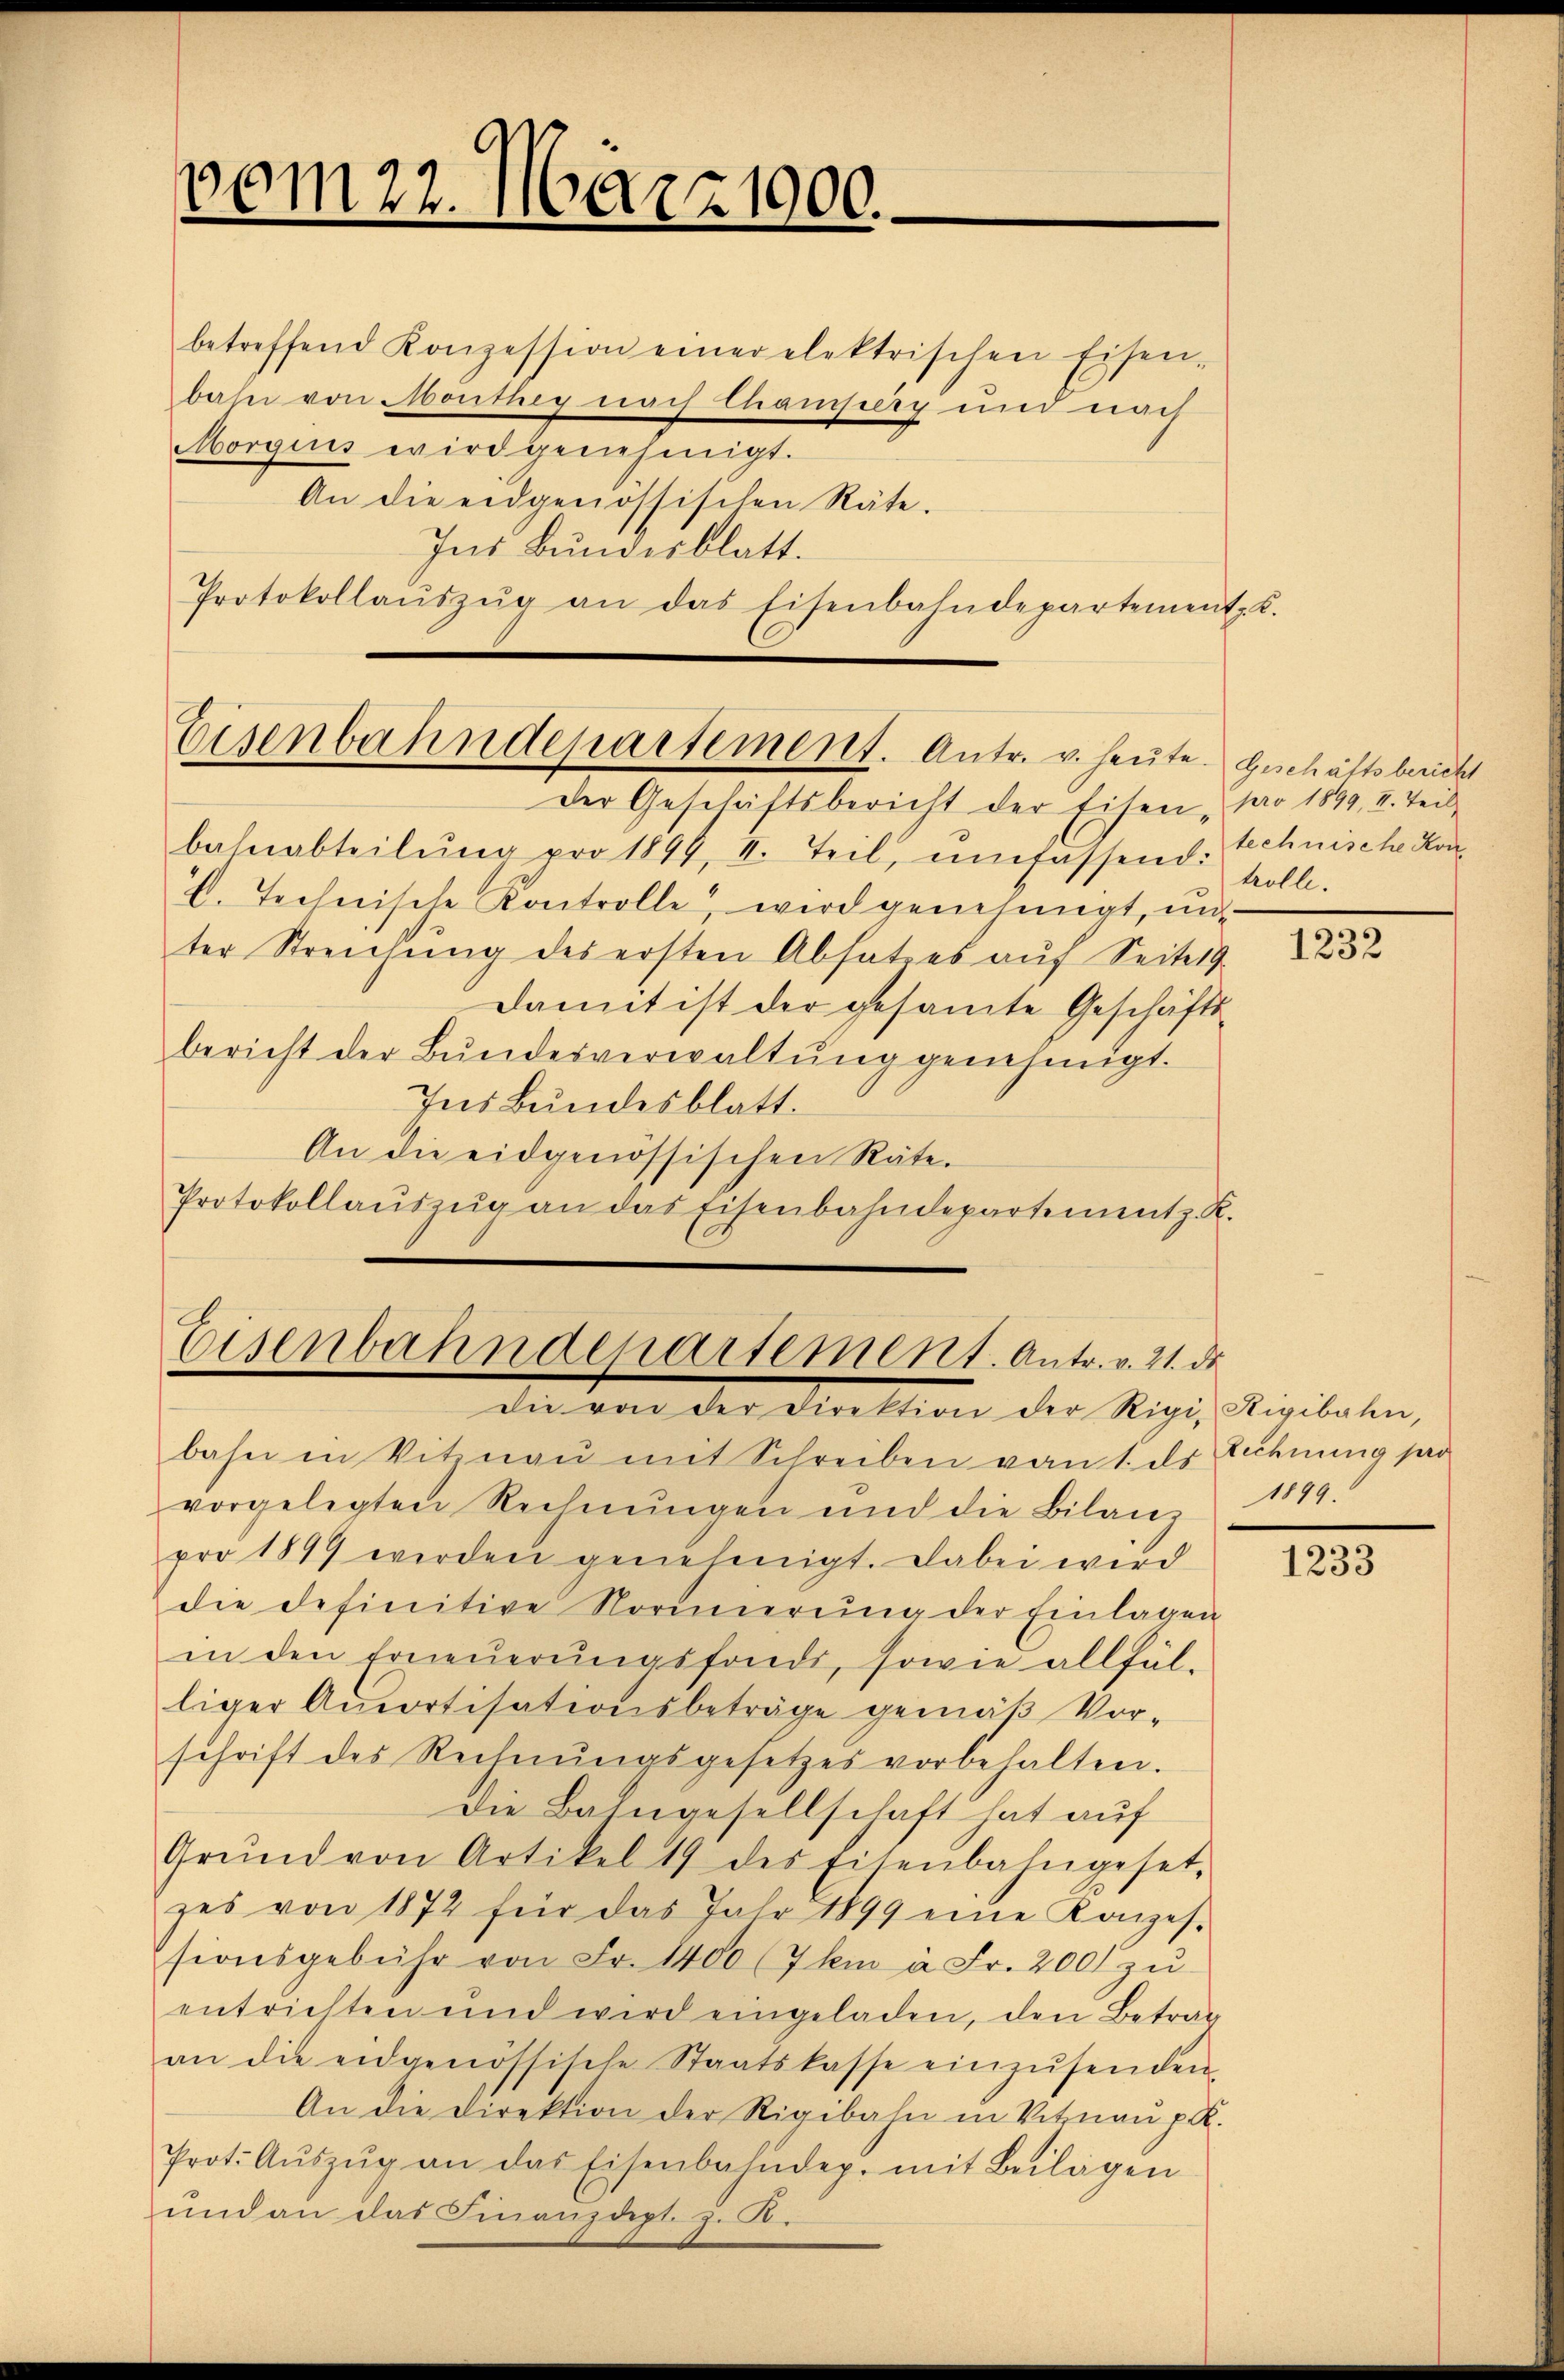
vom 22. März 1900.

betreffend Konzession einer elektrischen Eisen-
bahn von Monthey nach Champerg und nach
Morgins wird genehmigt.
An die eidgenössischen Räte.
Ins Bundesblatt.
Protokollaŭszŭg an das Eisenbahndepartement C.

Eisenbahndepartement. Antr. v. heute. Geschäftsbericht

Der Geschäftsbericht der Eisen par 1899, 2. Teil-
bahnabteilŭng pro 1899, II. Teil, umfassend: technische Kon
E. Technische Kontrolle, wird genehmigt, un
ter Streichŭng des ersten Abhat es aŭf Seitet
damit ist der gesamte Geschäfts
bericht der Bŭndesverwaltŭng genehmigt.
Ins Bundesblatt.
An die eidgenössischen Räte.
Protokollaŭszŭg an das Eisenbahndepartement z. R.

Eisenbahndepartement. Antr. v. 21. ds.
die von der Direktion der Rigi, Rigibahn,

bahn in Vitznau mit Schreiben von 1. dr Zehnung pr
vorgelegten Rechnŭngen und die Bilanz
pro 1899 werden genehmigt. Dabei wird
die definitive Vormierŭng der Einlagen
in den Erneuerungsfonde, sowie allfäl-
liger Amortisationsbeträge gemäß Vor-
schrift des Rechnŭngsgesetzes vorbehalten.
Die Bahngesellschaft hat auf
Grŭnd von Artikel 19 des Eisenbahngesetz
zes von 1872 für das Jahr 1899 eine Konzes.
sionsgebühr von Fr. 1400 (7 km à Fr. 200 zu
entrichten und wird eingeladen, den Betrag
an die eidgenössische Staatskasse einzŭsenden,
An die Direktion der Rigibahn in Vitznaŭ p R.
Prot. Aŭszŭg an das Eisenbahndep. mit Beilagen
und an das Finanzdept. z. B.

trolle.

1232

1899.

1233